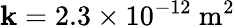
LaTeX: \mathbf{k}=2.3\times10^{-12}\ \mathrm{{m}}^{2}